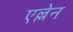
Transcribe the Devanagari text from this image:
एल्लेन